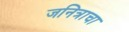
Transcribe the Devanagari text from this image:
जनित्राचा